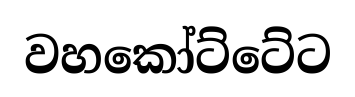
වහකෝට්ටේට